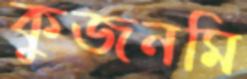
কুজনমি